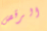
الرقص